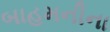
બાહમનીના